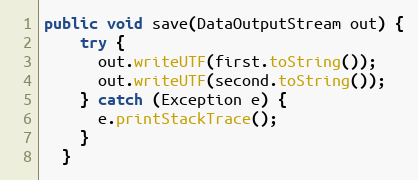
Language: Java
public void save(DataOutputStream out) {
    try {
      out.writeUTF(first.toString());
      out.writeUTF(second.toString());
    } catch (Exception e) {
      e.printStackTrace();
    }
  }